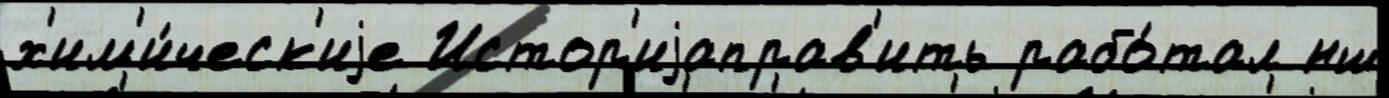
х'им'и́ческ'иjе Истор'иjаправ'ить рабо́тал нш